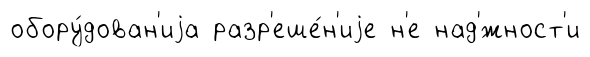
обору́дован'иjа разр'еше́н'иjе н'е над'́жност'и